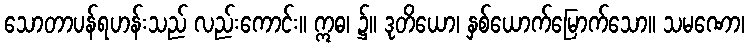
သောတာပန်ရဟန်းသည် လည်းကောင်း။ ဣဓ၊ ၌။ ဒုတိယော၊ နှစ်ယောက်မြောက်သော။ သမဏော၊